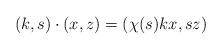
LaTeX: \begin{align*} (k, s) \cdot (x, z) = (\chi(s) k x, sz) \end{align*}